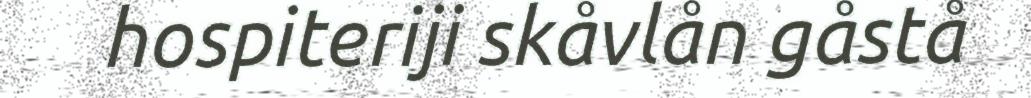
hospiteriji skåvlån gåstå